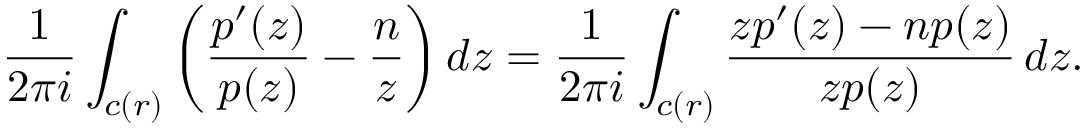
{ \frac { 1 } { 2 \pi i } } \int _ { c ( r ) } \left( { \frac { p ^ { \prime } ( z ) } { p ( z ) } } - { \frac { n } { z } } \right) d z = { \frac { 1 } { 2 \pi i } } \int _ { c ( r ) } { \frac { z p ^ { \prime } ( z ) - n p ( z ) } { z p ( z ) } } \, d z .